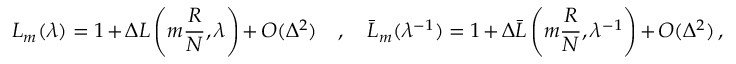
L _ { m } ( \lambda ) = 1 + \Delta { \cal L } \left( m \frac { R } { N } , \lambda \right) + O ( \Delta ^ { 2 } ) \quad , \quad \bar { L } _ { m } ( \lambda ^ { - 1 } ) = 1 + \Delta \bar { \cal L } \left( m \frac { R } { N } , \lambda ^ { - 1 } \right) + O ( \Delta ^ { 2 } ) \, ,